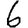
Digit: 6